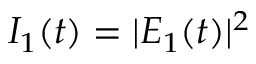
I _ { 1 } ( t ) = | E _ { 1 } ( t ) | ^ { 2 }